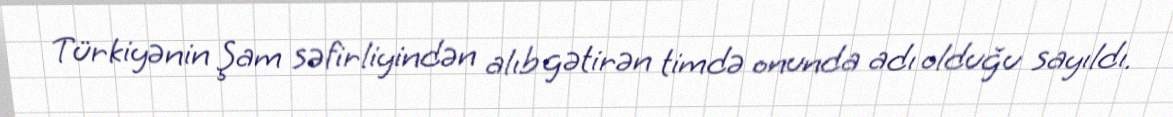
Türkiyənin Şam səfirliyindən alıb gətirən timdə onunda adı olduğu sayıldı.